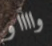
وااااو